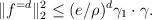
LaTeX: \begin{align*}\|f^{=d}\|_2^2 \le (e/\rho)^{d}\gamma_1\cdot \gamma. \end{align*}